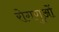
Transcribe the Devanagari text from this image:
रोगणुओं